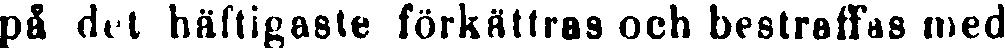
på det häftigaste förkättras och bestraffas med